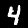
Digit: 4